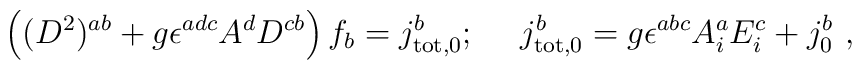
\left((D^2)^{ab} + g\epsilon^{adc}A^d D^{cb}  \right) f_b  = j^b_{{\rm tot},0};~~~~j^b_{{\rm tot},0}=g\epsilon^{abc}A_i^a E_i^{c}+j^b_0~,